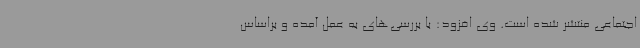
اجتماعی منتشر شده است. وی افزود: با بررسی‌های به عمل آمده و براساس